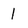
Character: l